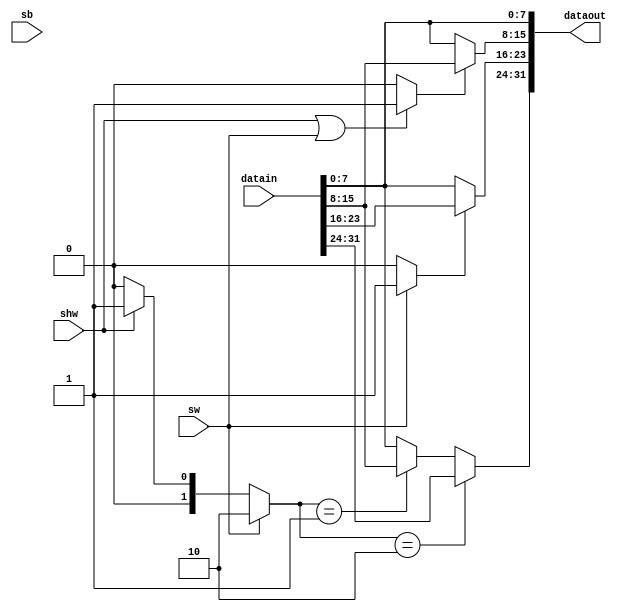
`timescale 1ns / 1ps
////////////////////////////////////////////////////////////////////////////////// 
// Module Name: AlignedWrite
// Project Name: Single Cycle Processor 
//////////////////////////////////////////////////////////////////////////////////


module AlignedWrite(
    input [31:0] datain,
    input sb,shw,sw,
    output [31:0] dataout 
    );
    wire V,U;
    wire [1:0] T;
    assign V = (shw | sw)?1'b1:1'b0;
    assign U = sw?1'b1:1'b0;
    assign T = sw?2'b10:(shw?2'b01:2'b00);
    
    assign dataout[7:0] = datain[7:0];
    assign dataout[15:8] = V?datain[15:8]:datain[7:0];
    assign dataout[23:16] = U?datain[23:16]:datain[7:0];
    assign dataout[31:24] = (T==2'b10)?datain[31:24]:((T==2'b01)?datain[15:8]:datain[7:0]);
endmodule